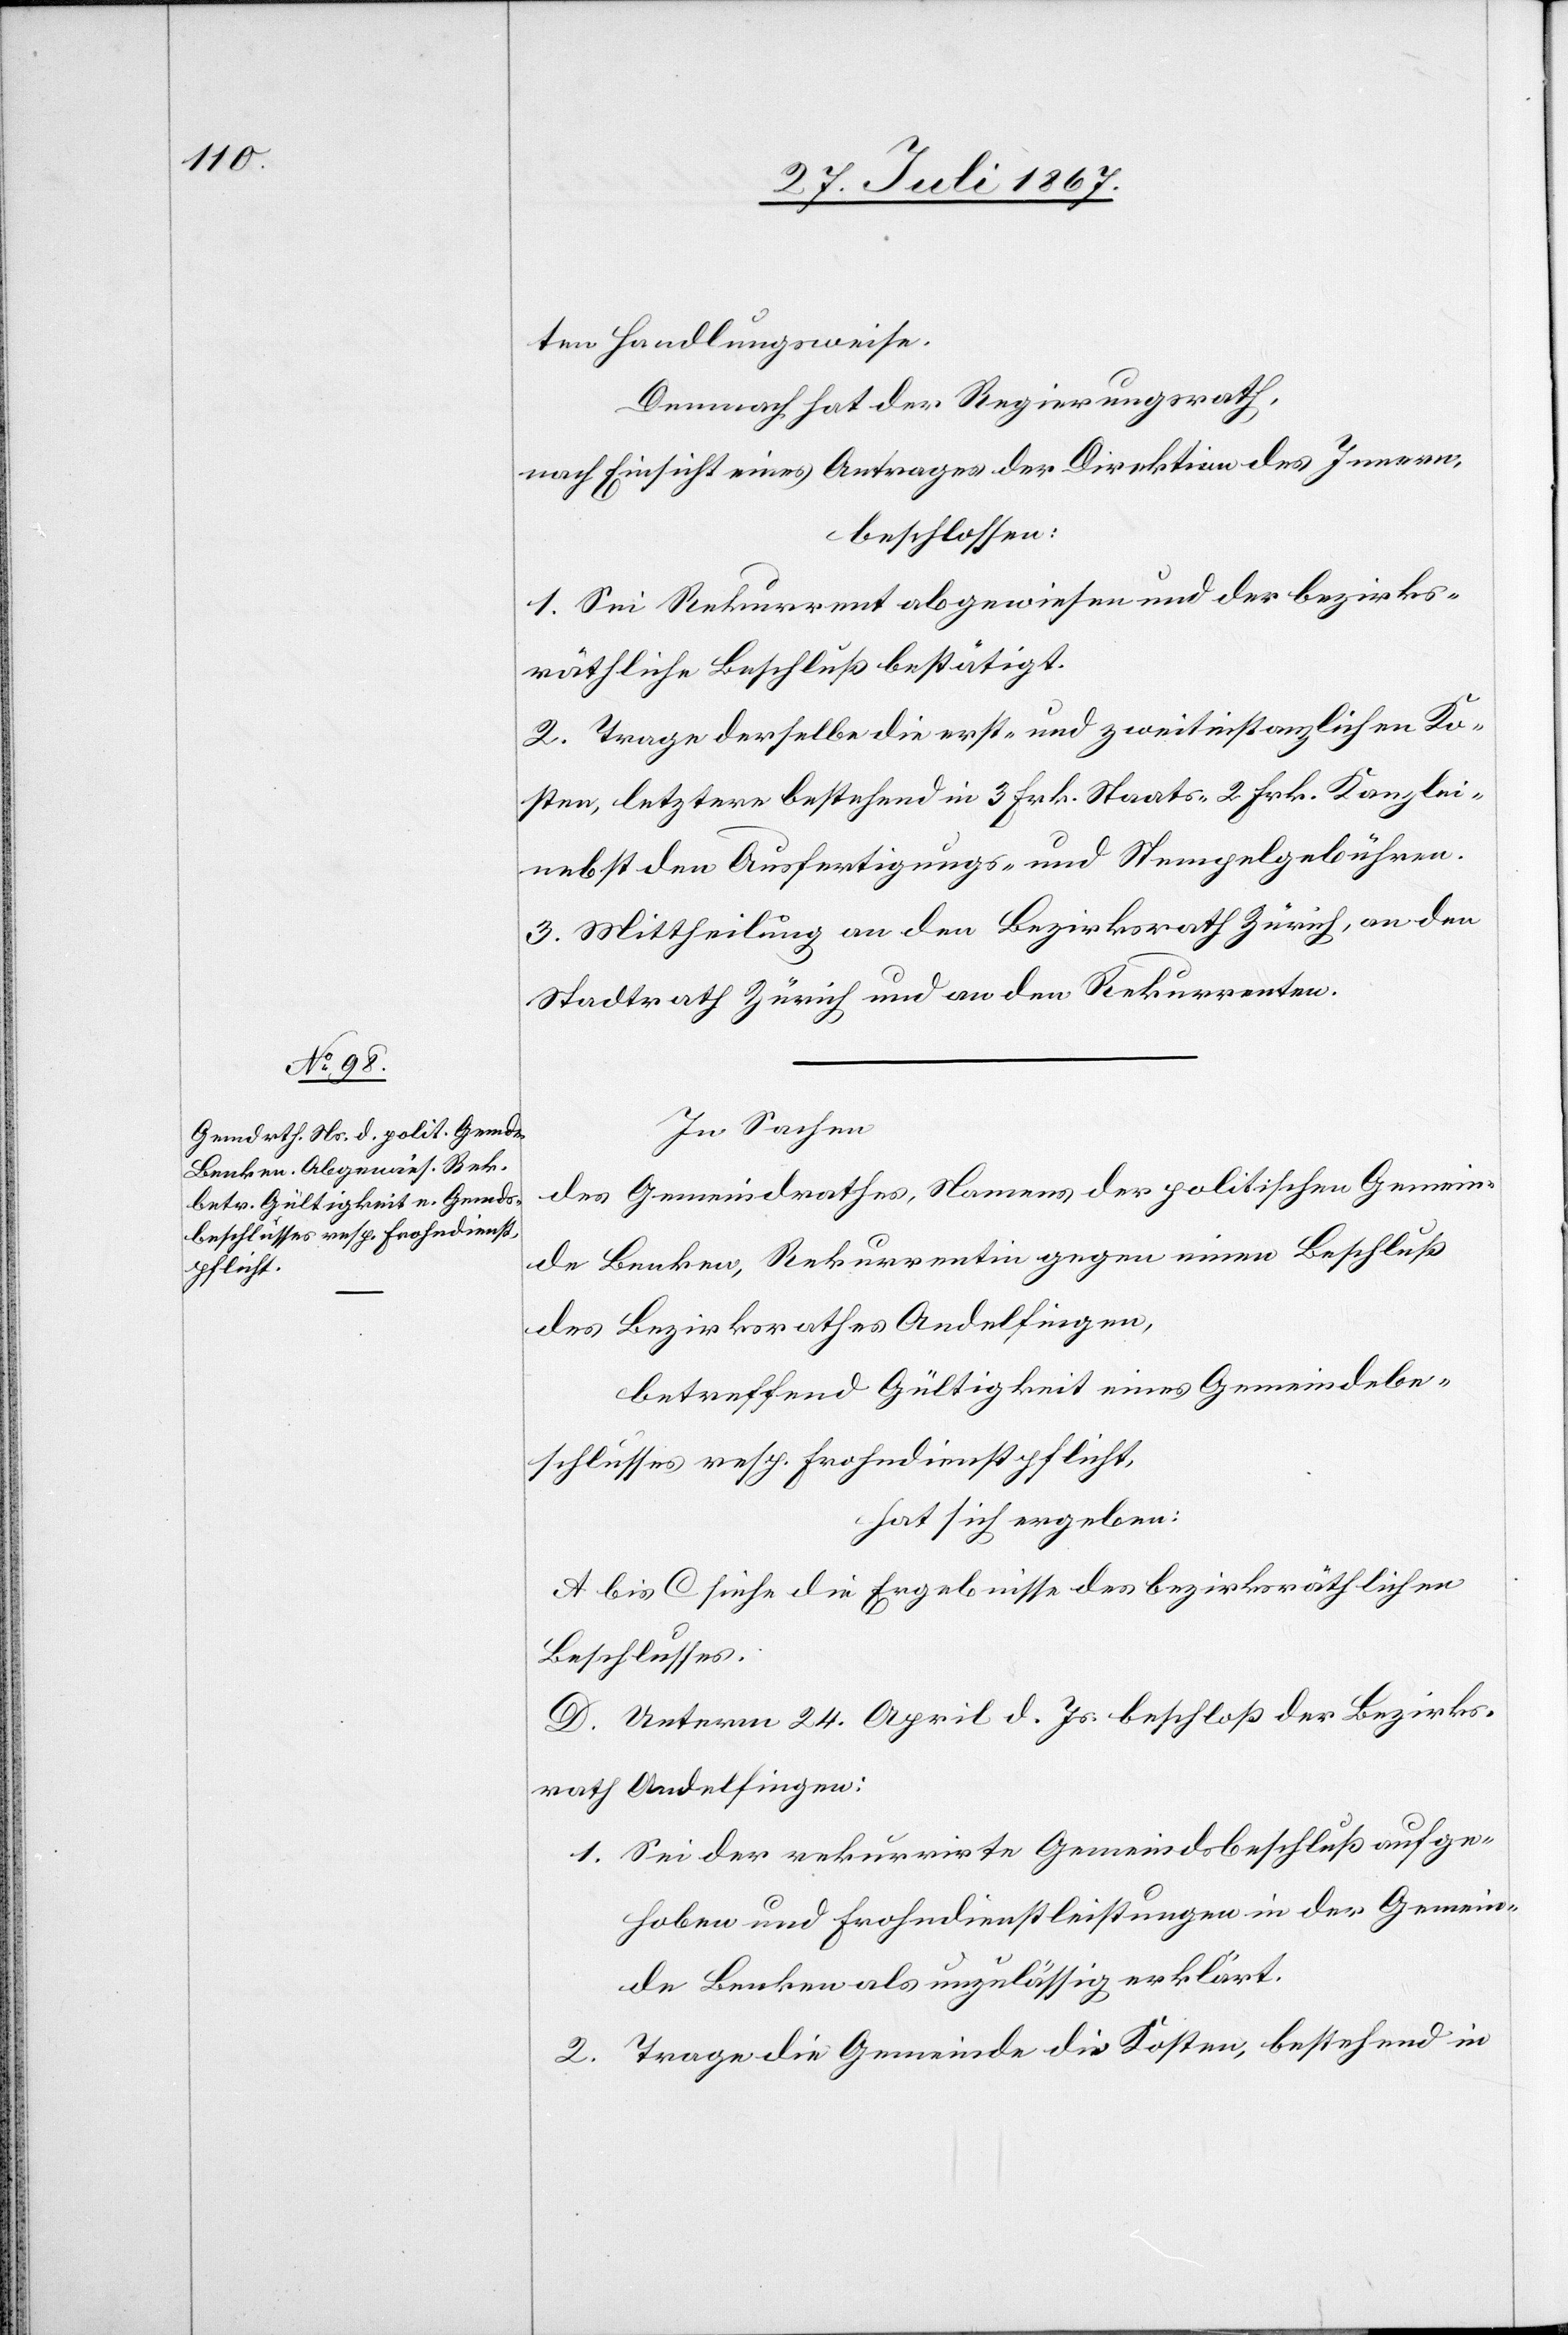
ten Handlungsweise.
Demnach hat der Regierungsrath,
nach Einsicht eines Antrages der Direktion des Innern,
beschlossen:
1. Sei Rekurrent abgewiesen und der bezirks¬
räthliche Beschluß bestätigt.
2. Trage derselbe die erst- und zweitinstanzlichen Ko¬
sten, letztere bestehend in 3 Frk. Staats-[,] 2 Frk. Kanzlei-
nebst den Ausfertigungs- und Stempelgebühren.
3. Mittheilung an den Bezirksrath Zürich, an den
Stadtrath Zürich und an den Rekurrenten.
In Sachen
des Gemeindrathes, Namens der politischen Gemein¬
de Benken, Rekurrentin gegen einen Beschluß
des Bezirksrathes Andelfingen,
betreffend Gültigkeit eines Gemeindsbe¬
schlusses resp. Frohndienstpflicht,
hat sich ergeben:
A bis C siehe die Ergebnisse des bezirksräthlichen
Beschlusses.
D. Unterm 24. April d. Js. beschloß der Bezirks¬
rath Andelfingen:
1. Sei der rekurrirte Gemeindsbeschluß aufge¬
hoben und Frohndienstleistungen in der Gemein¬
de Benken als unzulässig erklärt.
2. Trage die Gemeinde die Kosten, bestehend in